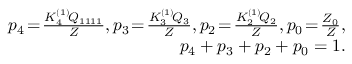
\begin{array} { r } { p _ { 4 } \! = \! \frac { K _ { 4 } ^ { ( 1 ) } \! Q _ { 1 1 1 1 } } { Z } , p _ { 3 } \! = \! \frac { K _ { 3 } ^ { ( 1 ) } \! { \cal Q } _ { 3 } } { Z } , p _ { 2 } \! = \! \frac { K _ { 2 } ^ { ( 1 ) } \! { \cal Q } _ { 2 } } { Z } , p _ { 0 } \! = \! \frac { { \cal Z } _ { 0 } } { Z } , } \\ { p _ { 4 } + p _ { 3 } + p _ { 2 } + p _ { 0 } = 1 . } \end{array}